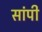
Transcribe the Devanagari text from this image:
सांपी